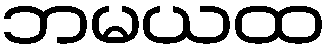
ဘမယထ